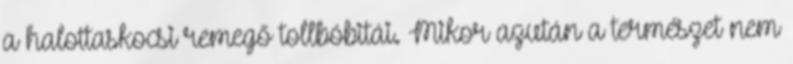
a halottaskocsi remegő tollbóbitái. Mikor azután a természet nem